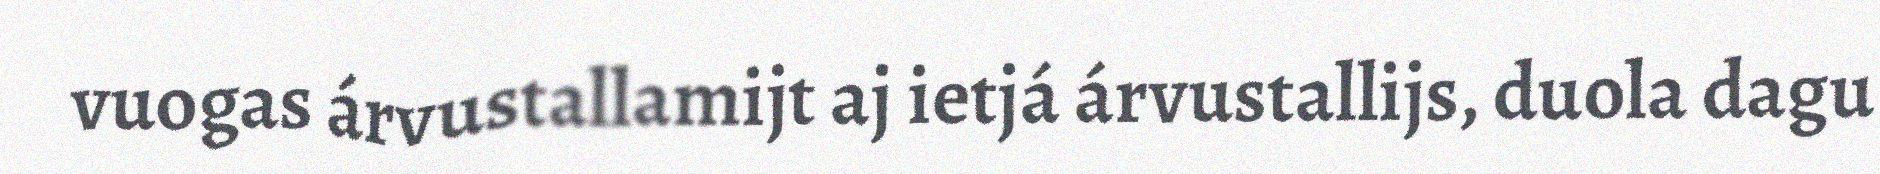
vuogas árvustallamijt aj ietjá árvustallijs, duola dagu